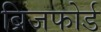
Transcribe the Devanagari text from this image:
ब्रिजफोर्ड